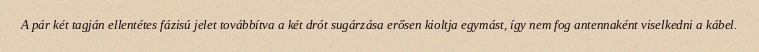
A pár két tagján ellentétes fázisú jelet továbbítva a két drót sugárzása erősen kioltja egymást, így nem fog antennaként viselkedni a kábel.